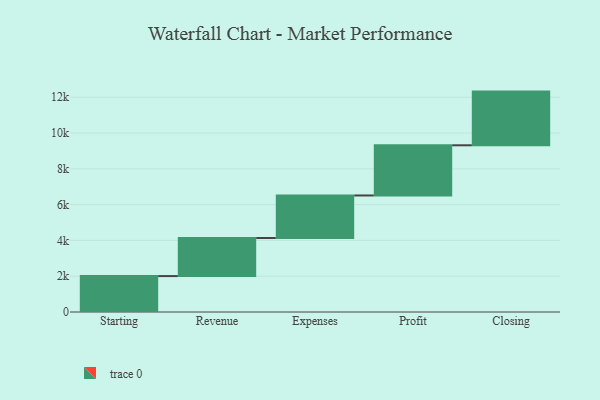
{"axis": {"x": "Step", "y": "Value"}, "legend": [""], "data": [{"x": "Starting", "y": 2007.0, "type": ""}, {"x": "Revenue", "y": 2129.0, "type": ""}, {"x": "Expenses", "y": 2376.0, "type": ""}, {"x": "Profit", "y": 2804.0, "type": ""}, {"x": "Closing", "y": 3000, "type": ""}]}